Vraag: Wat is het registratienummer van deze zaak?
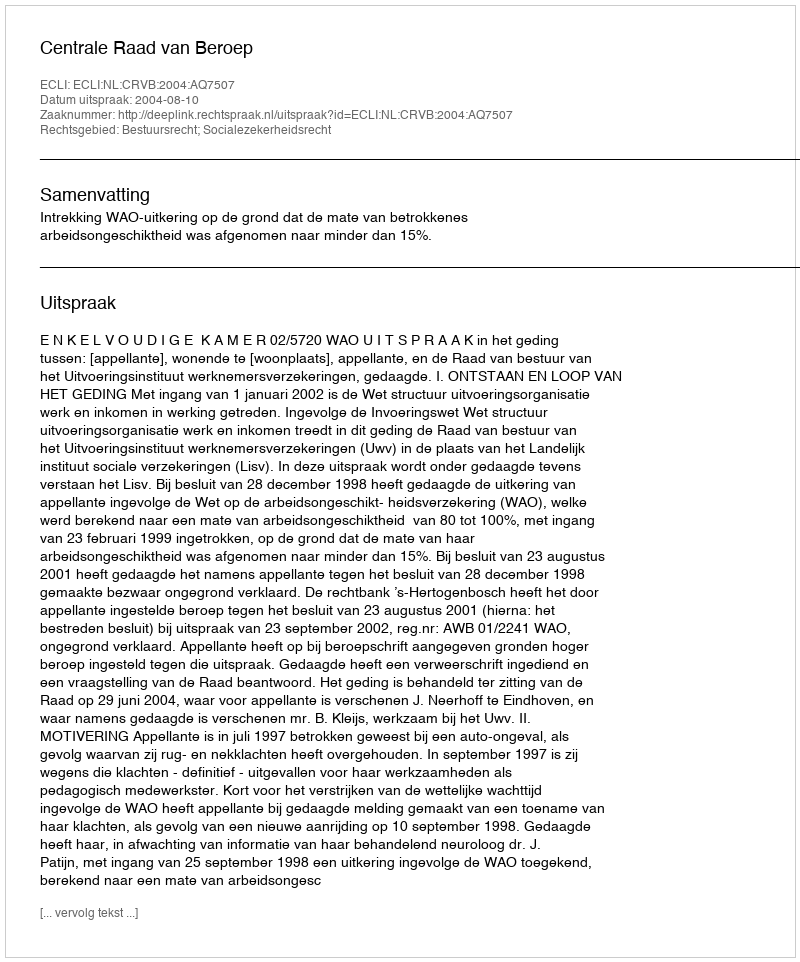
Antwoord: http://deeplink.rechtspraak.nl/uitspraak?id=ECLI:NL:CRVB:2004:AQ7507